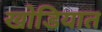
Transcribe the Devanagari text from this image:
खोडियात